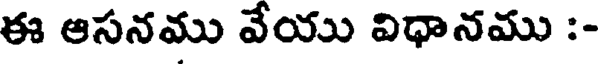
ఈ ఆసనము వేయు విధానము :-